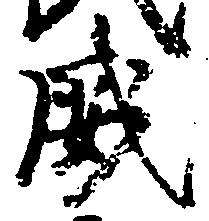
威